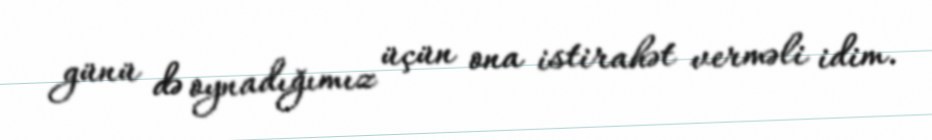
günü də oynadığımız üçün ona istirahət verməli idim.